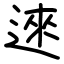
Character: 逨